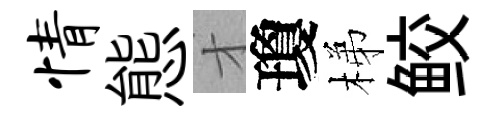
情態才瓊梯鲛